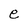
Character: e